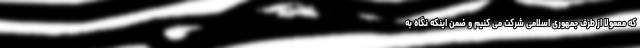
که معمولاً از طرف جمهوری اسلامی شرکت می کنیم و ضمن اینکه نگاه به